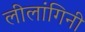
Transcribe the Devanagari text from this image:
लीलांगिनी